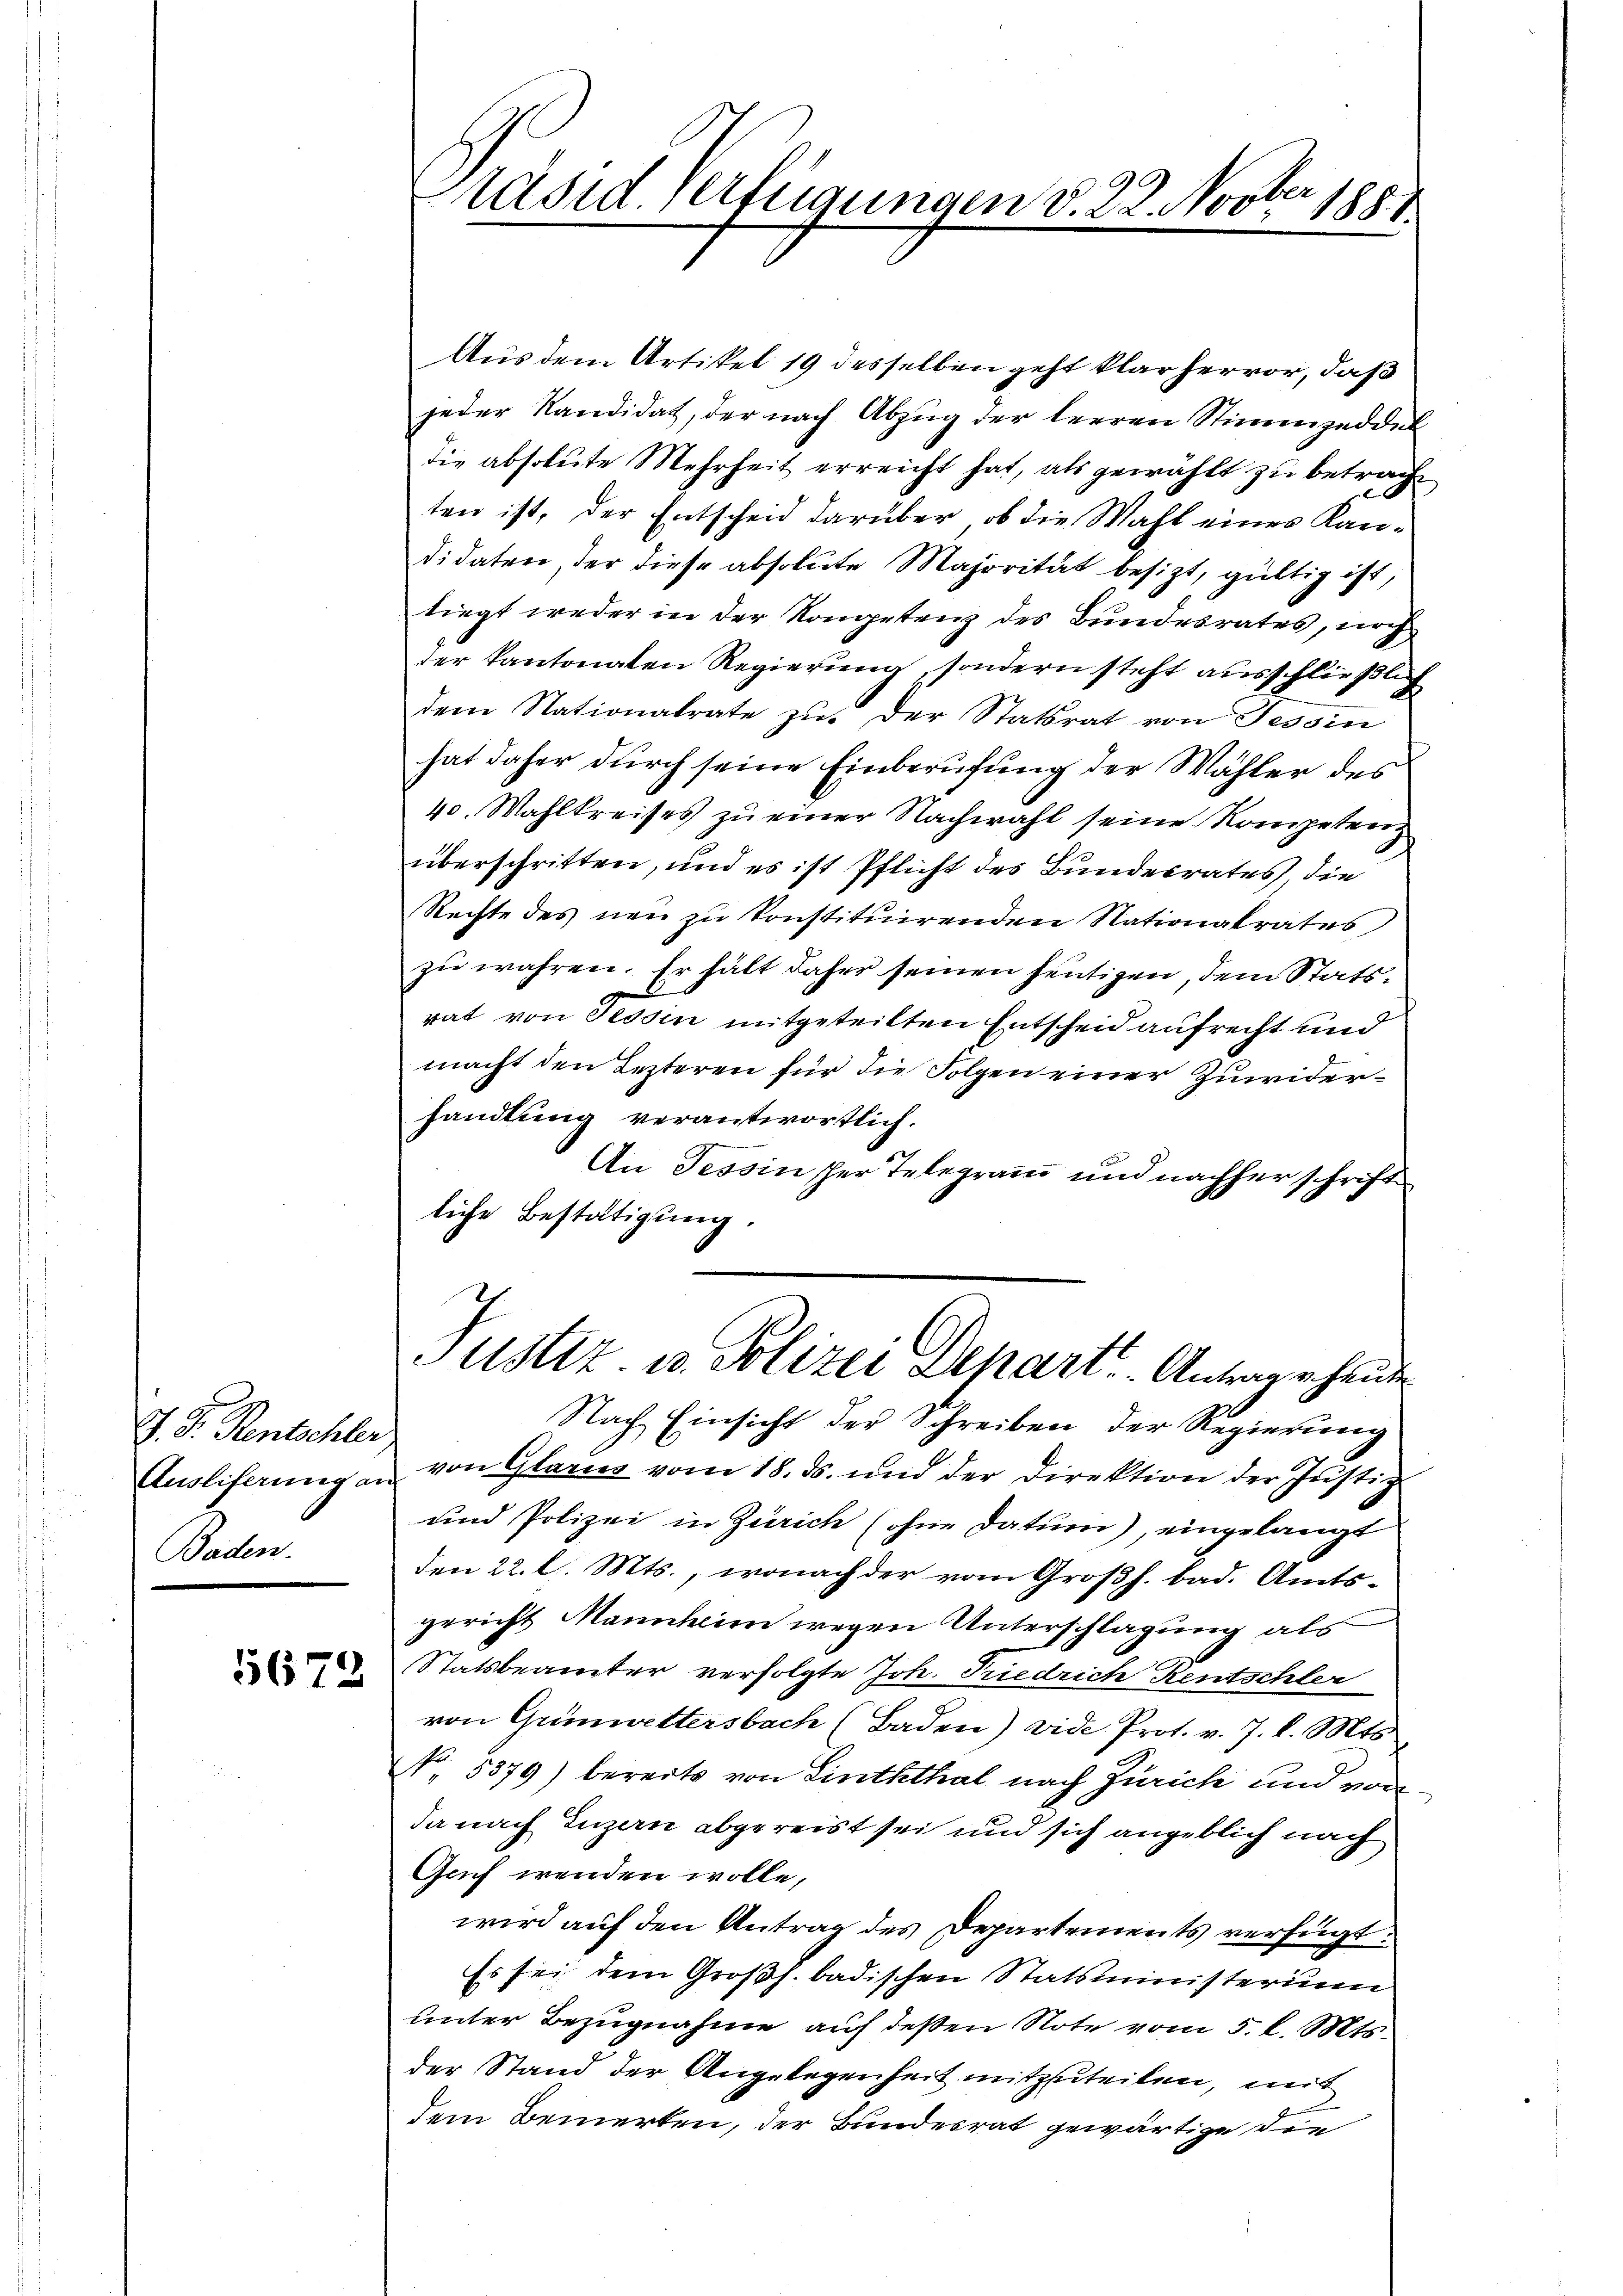
J. D. Rentschler
Baden.

15672.

e
Präsid. Verfügungen d. 22. Nov. 1881

Aus dem Artikel 19 desselben geht klar hervor, daß
jeder Kandidat, der nach Abzug der leeren Stimmzeddel
die absolute Mehrheit erreicht hat, als gewählt zu betracht
ten ist, der Entscheid darüber, ob die Wahl eines Kandidaten, der diese absolute Majorität besizt, gültig ist,
liegt weder in der Kongetenz des Bundesrates, noch
der kantonalen Regierung, sondern steht ausschließlich
dem Nationalrate zu der Statsrat von Tessin
hat daher durch seine Einberufung der Wähler des
40. Wahlkreises zu einer Nachwahl seine Kompeten
überschritten, und es ist Pflicht des Bundesrates, die
Rechte des neu zu konstituirenden Nationalrates
zŭ wahren. Er hält daher seinen heutigen, dem Statsrat von Tessin mitgeteilten Entscheid aufrecht und
macht den Lezteren für die Folgen einer Zuwiderhandlung verantwortlich.
An Tessin scher Telegramm und nachher schrift
liche Bestätigung.
Justiz u. Polizei Depart. Antrage heute
Nach Einsicht der Schreiben der Regierung
Auslieferung an von Glarus vom 18. ds. und der Direktion der Justiz
und Polizei in Zürich (ohne Datum), eingelangt
den 22. l. Mts., wonach der vom Großh. bad. Amtsgericht Mannheim wegen Unterschlagung als
Statsbeamter verfolgte Joh. Friedrich Rentschlei
von Gümwettersbach (Baden) vide Prot. v. 7. d. Mts.
No. 5379) bereits von Linththal nach Zürich und von
da nach Luzern abgereist sei und sich angeblich nach
Gach wenden wolle,
wird auf den Antrag des Departements verfügt:
Es sei dem Großh. badischen Statsministerium
unter Bezugnahme auf deßen Note vom 5. d. Mts.
der Stand der Angelegenheit mitzuteilen, mit
dem Bemerken, der Bundesrat gewärtige die